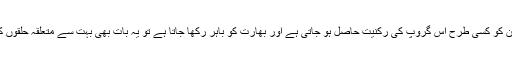
علاوہ اذیں اگر پاکستان کو کسی طرح اس گروپ کی رکنیت حاصل ہو جاتی ہے اور بھارت کو باہر رکھا جاتا ہے تو یہ بات بھی بہت سے متعلقہ حلقوں کیلئے پریشان کن ہے۔